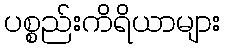
ပစ္စည်းကိရိယာများ